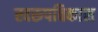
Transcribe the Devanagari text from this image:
स्वरूपविकास